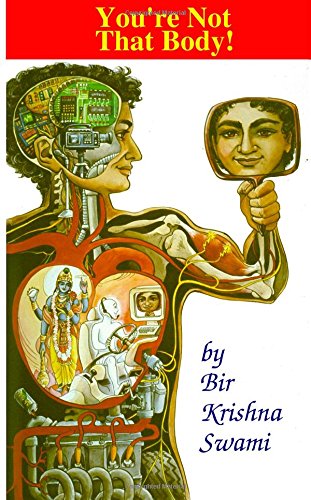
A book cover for You're Not That Body!; Bir Krishna Swami; Religion & Spirituality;